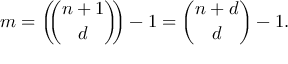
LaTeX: m = \left( \! \! { \binom { n + 1 } { d } } \! \! \right) - 1 = { \binom { n + d } { d } } - 1 .